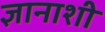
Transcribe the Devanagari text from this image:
ज्ञानाशी